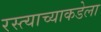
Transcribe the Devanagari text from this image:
रस्त्याच्याकडेला